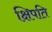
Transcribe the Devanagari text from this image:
क्षिपति